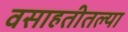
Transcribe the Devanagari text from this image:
वसाहतीतल्या